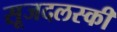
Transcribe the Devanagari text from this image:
सूजदलस्की